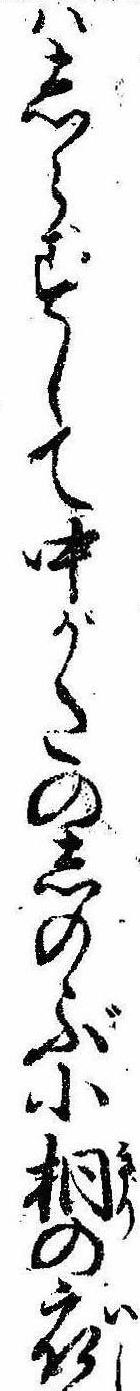
はしらずして中がたのしのぶ小桐の衣